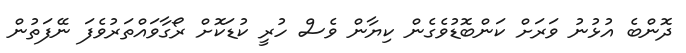
ދޮންބެ އުޅުނު ވަރަށް ކަންބޮޑުވެގެން ކިޔާން ވެސް ހުރީ ކުޑަކޮށް ރޯގާވައްތަރުވެފަ ނޭފަތުން